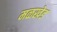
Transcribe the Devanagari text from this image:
मळखेड